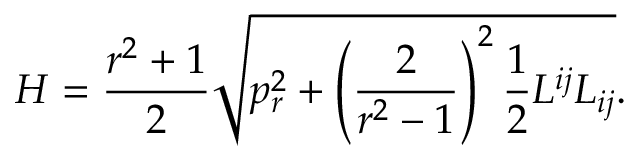
H = \frac { r ^ { 2 } + 1 } 2 \sqrt { p _ { r } ^ { 2 } + \left( \frac 2 { r ^ { 2 } - 1 } \right) ^ { 2 } \frac 1 2 L ^ { i j } L _ { i j } } .